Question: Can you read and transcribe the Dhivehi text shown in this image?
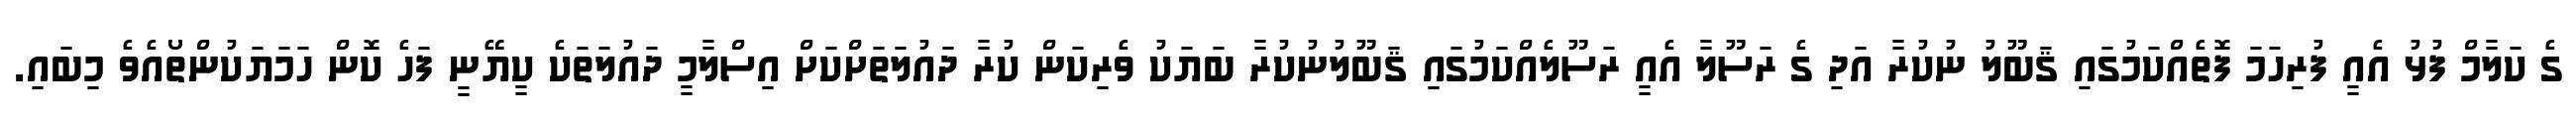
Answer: ގެ ކަލާމް ފުޅު އެއީ ފުރިހަމަ ފޮތެއްކަމުގައި ޤަބޫލު ނުކުރާ އަދި ގެ ރަސޫލާ އެއީ ރަސޫލެއްކަމުގައި ޤަބޫލުނުކުރާ ބަޔަކު ވެރިކަން ކުރާ ދައުލަތަށްކަށް އިސްލާމީ ދައުލަތަކެ ކީޔޭނީ ފަހެ ކޮން ހަމަޔަކުންތޯއެވެ މިބައި.